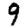
Digit: 9